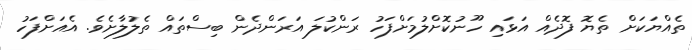
ތެއްޔަކަށް ތެޔޮ ފޮދެއް އަޅައި ހޫނުކޮށްލުމަށްފަހު ރަންކުލަ އަރަންދެން ބިސްތައް ތެލުލާށެވެ. އެއަށްފަހު